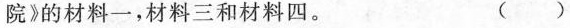
院》的材料一，材料三和材料四。 ()